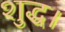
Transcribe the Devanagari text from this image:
शुद्ध।